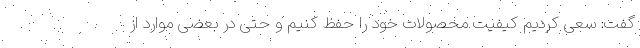
گفت: سعی کردیم کیفیت محصولات خود را حفظ کنیم و حتی در بعضی موارد از